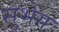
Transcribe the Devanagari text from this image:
सुभेग